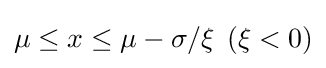
\mu \leq x\leq \mu -\sigma /\xi \,\;(\xi <0)